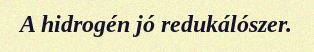
A hidrogén jó redukálószer.